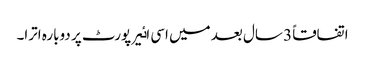
اتفاقاً 3 سال بعد میں اسی اٸیر پورٹ پر دوبارہ اترا۔